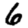
Digit: 6